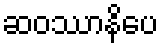
ဆဝဿာနိပေ